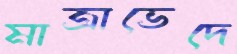
মাত্রাভেদে